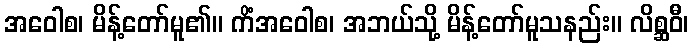
အဝေါစ၊ မိန့်တော်မူ၏။ ကိံအဝေါစ၊ အဘယ်သို့ မိန့်တော်မူသနည်း။ လိစ္ဆဝီ၊